Annual administration report of the Civil Veterinary Department of India - 1894-1895
Year: 1894
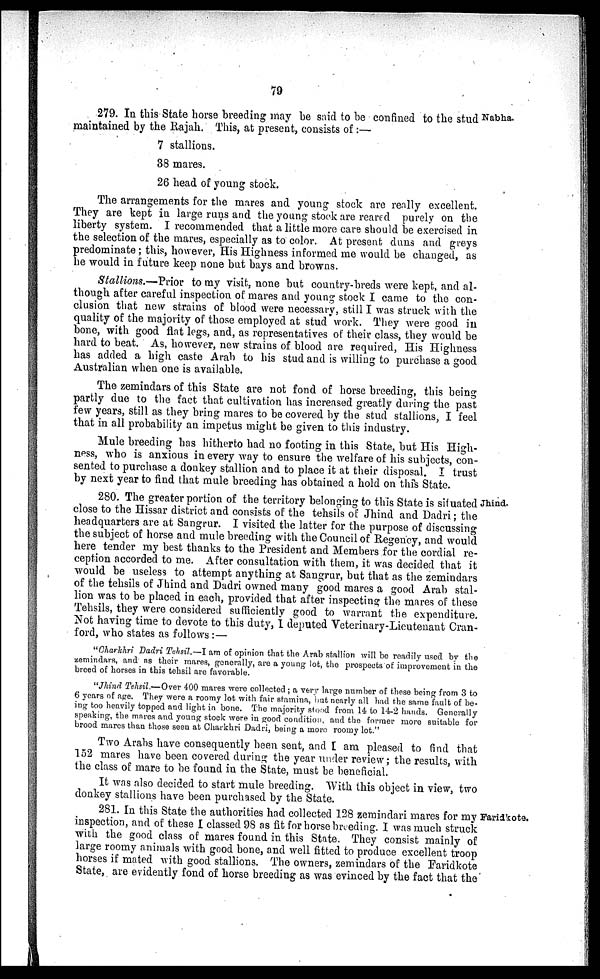
79
279. In this State horse breeding may be said to be confined to the stud Nabha.
maintained by the Rajah. This, at present, consists of:—
7
38
26
stallions.
mares.
head of young stock.
The arrangements for the mares and young stock are really excellent.
They are kept in large runs and the young stock are reared purely on the
liberty system. I recommended that a little more care should be exercised in
the selection of the mares, especially as to color. At present duns and greys
predominate; this, however, His Highness informed me would be changed, as
he would in future keep none but bays and browns.
Stallions.—Prior to my visit, none but country-breds were kept, and al-
though after careful inspection of mares and young stock I came to the con-
clusion that new strains of blood were necessary, still I was struck with the
quality of the majority of those employed at stud work. They were good in
bone, with good flat legs, and, as representatives of their class, they would be
hard to beat. As, however, new strains of blood are required, His Highness
has added a high caste Arab to his stud and is willing to purchase a good
Australian when one is available.
The zemindars of this State are not fond of horse breeding, this being
partly due to the fact that cultivation has increased greatly during the past
few years, still as they bring mares to be covered by the stud stallions, I feel
that in all probability an impetus might be given to this industry.
Mule breeding has hitherto had no footing in this State, but His High-
ness, who is anxious in every way to ensure the welfare of his subjects, con-
sented to purchase a donkey stallion and to place it at their disposal. I trust
by next year to find that mule breeding has obtained a hold on this State.
Jhind.
280. The greater portion of the territory belonging to this State is situated
close to the Hissar district and consists of the tehsils of Jhind and Dadri; the
headquarters are at Sangrur. I visited the latter for the purpose of discussing
the subject of horse and mule breeding with the Council of Regency, and would
here tender my best thanks to the President and Members for the cordial re-
ception accorded to me. After consultation with them, it was decided that it
would be useless to attempt anything at Sangrur, but that as the zemindars
of the tehsils of Jhind and Dadri owned many good mares a good Arab stal-
lion was to be placed in each, provided that after inspecting the mares of these
Tehsils, they were considered sufficiently good to warrant the expenditure.
Not having time to devote to this duty, I deputed Veterinary-Lieutenant Cran-
ford, who states as follows :—
"Charkhri Dadri Tehsil.—I am of opinion that the Arab stallion will be readily used by the
zemindars, and as their mares, generally, are a young lot, the prospects of improvement in the
breed of horses in this tehsil are favorable.
"Jhind Tehsil.—Over 400 mares were collected; a very large number of these being from 3 to
6 years of age. They were a roomy lot with fair stamina, but nearly all had the same fault of be-
ing too heavily topped and light in bone. The majority stood from 14 to 14-2 hands. Generally
speaking, the mares and young stock were in good condition, and the former more suitable for
brood mares than those seen at Charkhri Dadri, being a more roomy lot."
Two Arabs have consequently been sent, and I am pleased to find that
152 mares have been covered during the year under review; the results, with
the class of mare to be found in the State, must be beneficial.
It was also decided to start mule breeding. With this object in view, two
donkey stallions have been purchased by the State.
Faridkote.
281. In this State the authorities had collected 128 zemindari mares for my
inspection, and of these I classed 98 as fit for horse breeding. I was much struck
with the good class of mares found in this State. They consist mainly of
large roomy animals with good bone, and well fitted to produce excellent troop
horses if mated with good stallions. The owners, zemindars of the Faridkote
State, are evidently fond of horse breeding as was evinced by the fact that the